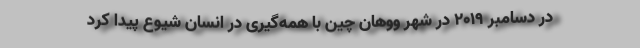
در دسامبر ۲۰۱۹ در شهر ووهان چین با همه‌گیری در انسان شیوع پیدا کرد